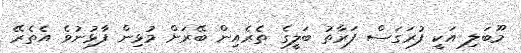
މޫބަލި އަކީ ފުރަގަސް ފަރާތު ބަލީގެ ތެރެއިން ބޭރަށް މުޅިން ފާޅުނުވެ އެތެރޭ